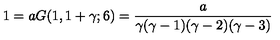
1 = a G ( 1 , 1 + \gamma ; 6 ) = { \frac { a } { \gamma ( \gamma - 1 ) ( \gamma - 2 ) ( \gamma - 3 ) } }